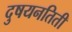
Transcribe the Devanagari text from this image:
दुषयनतिती